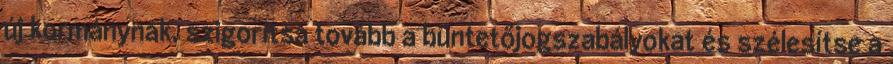
új kormánynak, szigorítsa tovább a büntetőjogszabályokat és szélesítse a